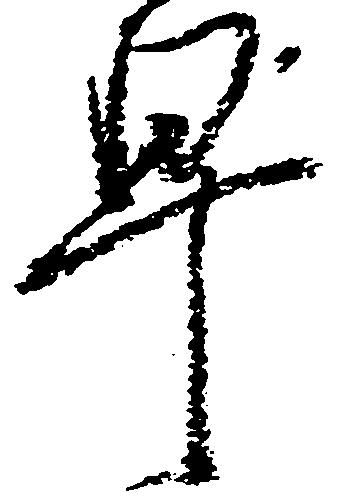
早